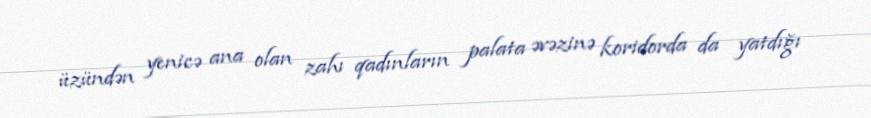
üzündən yenicə ana olan zahı qadınların palata əvəzinə koridorda da yatdığı